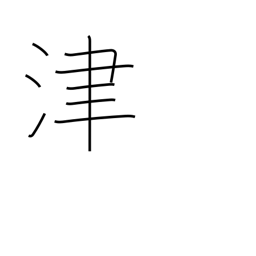
Meaning: ferry